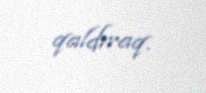
qaldıraq.